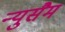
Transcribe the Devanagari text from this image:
न्युसैम